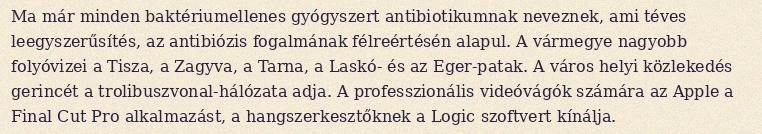
Ma már minden baktériumellenes gyógyszert antibiotikumnak neveznek, ami téves leegyszerűsítés, az antibiózis fogalmának félreértésén alapul. A vármegye nagyobb folyóvizei a Tisza, a Zagyva, a Tarna, a Laskó- és az Eger-patak. A város helyi közlekedés gerincét a trolibuszvonal-hálózata adja. A professzionális videóvágók számára az Apple a Final Cut Pro alkalmazást, a hangszerkesztőknek a Logic szoftvert kínálja.